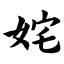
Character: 姹